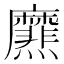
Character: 爢